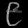
Digit: ၉